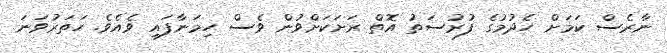
ނާރެސް ކަމަށް ހެދުމުގެ ފުރުސަތު އޮތް ރަށަކަށްވުން ވެސް ހިމަނާފައި ވެއެވެ. ހަތަރުވަނަ